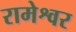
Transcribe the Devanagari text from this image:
रामेश्वर